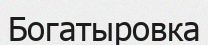
Богатыровка